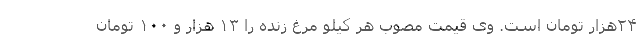
۲۴هزار تومان است. وی قیمت مصوب هر کیلو مرغ زنده را ۱۳ هزار و ۱۰۰ تومان